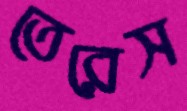
তেরেস